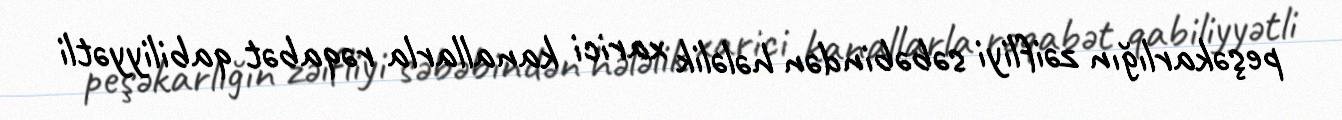
peşəkarlığın zəifliyi səbəbindən hələlik xarici kanallarla rəqabət qabiliyyətli